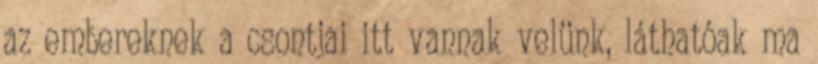
az embereknek a csontjai itt vannak velünk, láthatóak ma